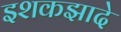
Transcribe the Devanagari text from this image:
इशकझादे